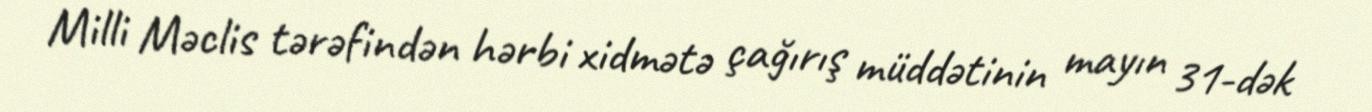
Milli Məclis tərəfindən hərbi xidmətə çağırış müddətinin mayın 31-dək